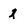
Character: 2